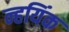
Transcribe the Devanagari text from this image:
न्हयिंक